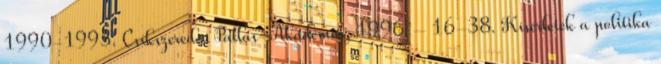
1990-1995. Csíkszereda: Pallas-Akadémia, 1996. – 16-38. Kísérletek a politika